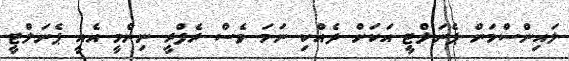
ލައިންސްމަން ޕެނަލްޓީ އަކަށް ދެއްކި ނަމަ ވެސް ރެފްރީ ނިންމީ އެއީ ޕެނަލްޓީ